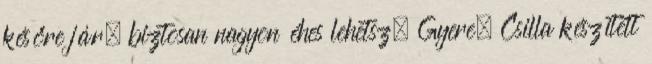
későre jár, biztosan nagyon éhes lehetsz. Gyere, Csilla készített